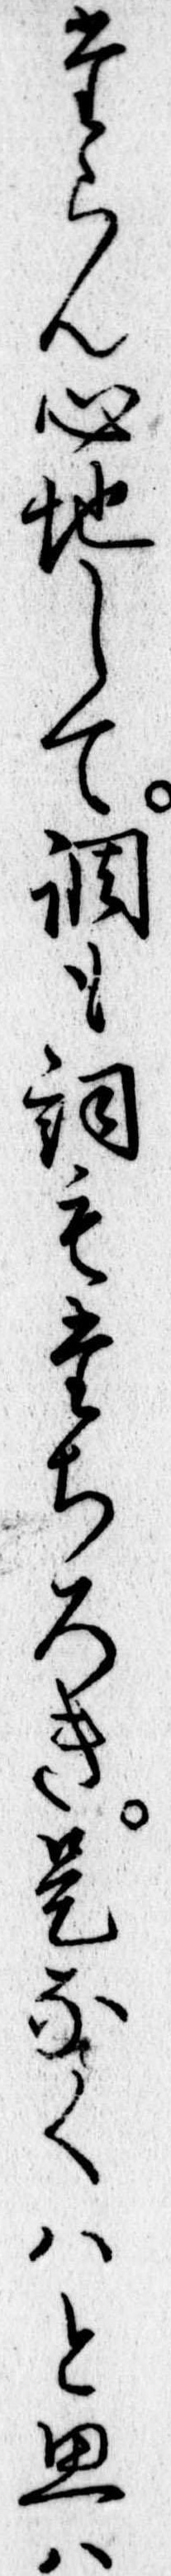
たらん心地して調も詞もたちろき是なくはと思は